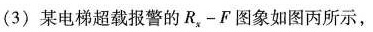
(3)某电梯超载报警的Rx-F图象如图丙所示，